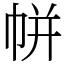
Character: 帡